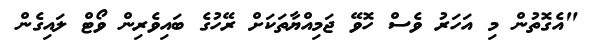
"އެގޮތުން މި އަހަރު ވެސް ހޮވޭ ޖަމިއްޔާތަކަށް ރޭހުގެ ބައިވެރިން ވޯޓް ލައިގެން